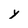
Character: y